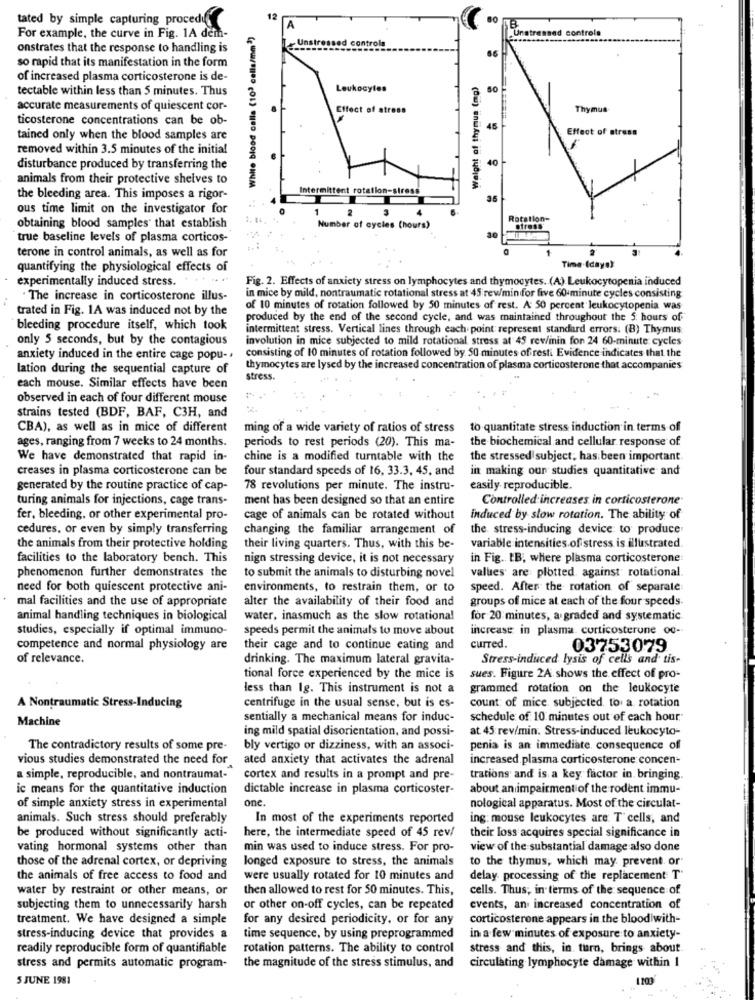
tated by simple capturing proced
60
B
:. White blood cells (10? cella/mm3)
tressed controls
For example, the curve in Fig. 1A dem-
ed controls
onstrates that the response to handling is
66
so rapid that its manifestation in the form
of increased plasma corticosterone is de-
Weight of thymus (mg)
tectable within less than 5 minutes. Thus
Leukocytes
accurate measurements of quiescent cor-
Effect of stress
Thymus
ticosterone concentrations can be ob-
45
Effect of stress
tained only when the blood samples are
removed within 3.5 minutes of the initial
disturbance produced by transferring the
40
animals from their protective shelves to
Intermittent rotation-stress
the bleeding area. This imposes a rigor-
35
ous time limit on the investigator for
Rotation-
obtaining blood samples that establish
Number of cycles (hours)
stress
true baseline levels of plasma corticos-
30
terone in control animals, as well as for
quantifying the physiological effects of
Time.(days)
experimentally induced stress. ..
Fig. 2. Effects of anxiety stress on lymphocytes and thymocytes. (A) Leukocytopenia induced
. The increase in corticosterone illus-
in mice by mild, nontraumatic rotational stress at 45 rev/min for five 60-minute cycles consisting
trated in Fig. 1A was induced not by the
of 10 minutes of rotation followed by 50 minutes of rest. A 50 percent leukocytopenia was
produced by the end of the second cycle, and was maintained throughout the 5 hours of
bleeding procedure itself, which took
intermittent stress. Vertical lines through each point represent standard errors. (B) Thymus
only 5 seconds, but by the contagious
involution in mice subjected to mild rotational stress at 45 rev/inin fon 24 60-minute cycles
consisting of 10 minutes of rotation followed by. 50 minutes of resti Evidence indicates that the
anxiety induced in the entire cage popu -.
lation during the sequential capture of
thymocytes are lysed by the increased concentration of plasma corticosterone that accompanies
stress.
each mouse. Similar effects have been
observed in each of four different mouse
strains tested (BDF, BAF, C3H, and
CBA), as well as in mice of different
ming of a wide variety of ratios of stress
to quantitate stress induction in terms of
ages, ranging from 7 weeks to 24 months.
periods to rest periods (20). This ma-
the biochemical and cellular response of
We have demonstrated that rapid in-
chine is a modified turntable with the
the stressed subject, has been important
creases in plasma corticosterone can be
four standard speeds of 16, 33.3, 45, and
in making our studies quantitative and
generated by the routine practice of cap-
78 revolutions per minute. The instru-
easily reproducible.
turing animals for injections, cage trans-
ment has been designed so that an entire
Controlled increases in corticosterone
fer, bleeding, or other experimental pro-
cage of animals can be rotated without
induced by slow rotation. The ability of
cedures, or even by simply transferring
changing the familiar arrangement of
the stress-inducing device to produce
the animals from their protective holding
their living quarters. Thus, with this be-
variable intensities.of stress is illustrated.
facilities to the laboratory bench. This
nign stressing device, it is not necessary
in Fig. IB, where plasma corticosterone:
phenomenon further demonstrates the
values are: plotted against rotational.
to submit the animals to disturbing novel
need for both quiescent protective ani-
environments, to restrain them, or to
speed. After the rotation of separate
mal facilities and the use of appropriate
alter the availability of their food and
groups of mice at each of the four speeds
animal handling techniques in biological
water, inasmuch as the slow rotationa!
for 20 minutes, a graded and systematic
studies, especially if optimal immuno-
speeds permit the animals to move about
increase in plasma. corticosterune oc-
competence and normal physiology are
their cage and to continue eating and
curred.
03753079
of relevance.
drinking. The maximum lateral gravita-
Stress-induced lysis of cells and tis-
tional force experienced by the mice is
sues. Figure 2A. shows the effect of pro-
less than 1g. This instrument is not a
grammed rotation on the leukocyte
A Nontraumatic Stress-Inducing
centrifuge in the usual sense, but is es-
count: of mice subjected to a. rotation
Machine
sentially a mechanical means for induc-
schedule of 10 minutes out of each hour"
ing mild spatial disorientation, and possi-
at 45 rev/min. Stress-induced leukocyto-
The contradictory results of some pre-
bly vertigo or dizziness, with an associ-
penia is an immediate. consequence of
vious studies demonstrated the need for ated anxiety that activates the adrenal
increased plasma corticosterone concen-
a simple, reproducible, and nontraumat-
cortex and results in a prompt and pre-
trations and is a key factor in bringing.
ic means for the quantitative induction
dictable increase in plasma corticoster-
about an impairment of the rodent immu-
one
of simple anxiety stress in experimental
nological apparatus. Most of the circulat-
animals. Such stress should preferably
In most of the experiments reported
ing: mouse leukocytes are: T cells, and
here, the intermediate speed of 45 rev!
their loss acquires special significance in
be produced without significantly acti-
vating hormonal systems other than
min was used to induce stress. For pro-
view of the substantial damage also done
those of the adrenal cortex, or depriving
longed exposure to stress, the animals
to the thymus, which may prevent or"
the animals of free access to food and
were usually rotated for 10 minutes and
delay processing of the replacement T'
water by restraint or other means, or
then allowed to rest for 50 minutes. This,
cells. Thus; in terms of the sequence of
subjecting them to unnecessarily harsh
or other on-off cycles, can be repeated
events, an increased concentration of
treatment. We have designed a simple
for any desired periodicity, or for any
corticosterone appears in the blood with-
stress-inducing device that provides a
time sequence, by using preprogrammed
in a few minutes of exposure to anxiety-
readily reproducible form of quantifiable
rotation patterns. The ability to control
stress and this, in turn, brings about
stress and permits automatic program-
the magnitude of the stress stimulus, and
circulating lymphocyte damage within 1
5 JUNE 1981